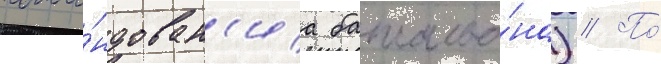
кома́ндован'иа батальо́на) // По́